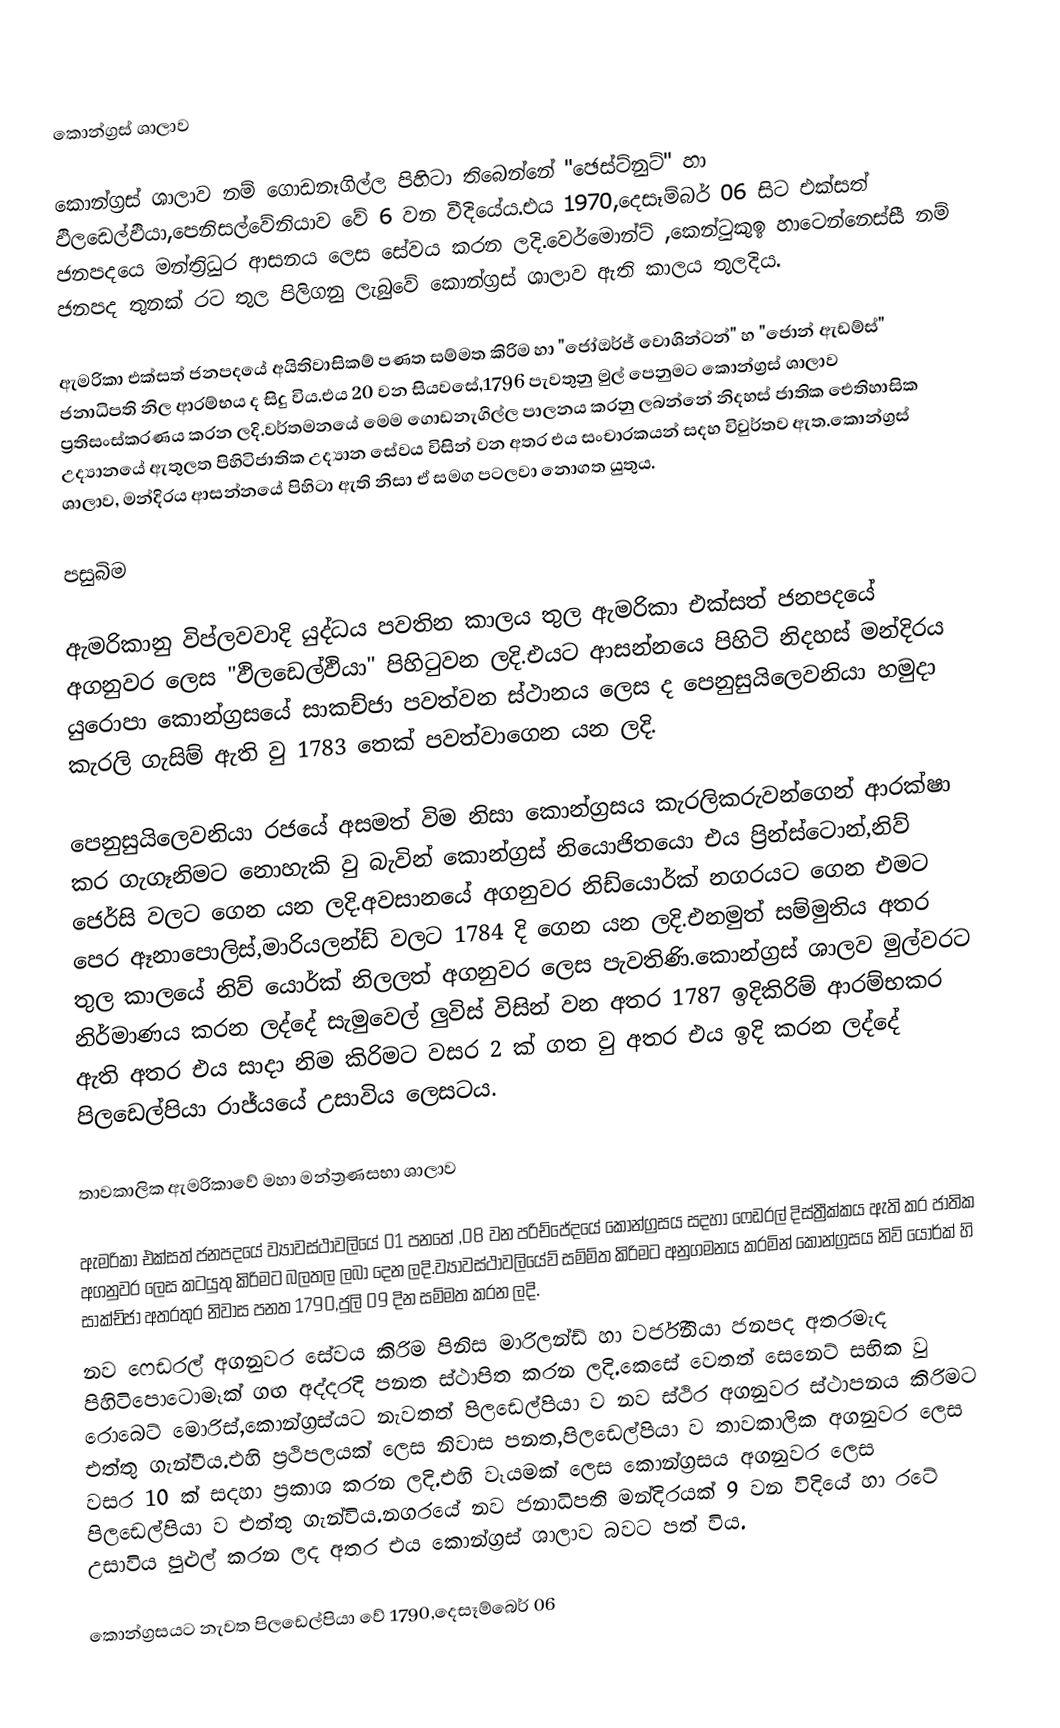

කොන්ග්‍රස් ශාලාව

කොන්ග්‍රස් ශාලාව නම් ගොඩනෑගිල්ල පිහිටා තිබෙන්නේ "ඡෙස්ට්නුට්" හා ඵිලඩෙල්ඵියා,පෙනිසල්වේනියාව වේ 6 වන වීදියේය.එය 1970,දෙසෑම්බර් 06 සිට එක්සත් ජනපදයෙ මන්ත්‍රිධුර ආසනය ලෙස සේවය කරන ලදි.වෙර්මොන්ට් ,කෙන්ටුකුඉ හාටෙන්නෙස්සී  නම් ජනපද තුනක් රට තුල පිලිගනු ලැබුවේ කොන්ග්‍රස් ශාලාව ඇති කාලය තුලදිය.

ඇමරිකා එක්සත් ජනපදයේ අයිතිවාසිකම් පණත සම්මත කිරිම හා "ජෝඔර්ජ් වොශින්ටන්" හ "ජොන් ඇඩම්ස්" ජනාධිපති  නිල ආරම්භය ද සිදු විය.එය 20 වන සියවසේ,1796 පැවතුනු මුල් පෙනුමට කොන්ග්‍රස් ශාලාව ප්‍රතිසංස්කරණය කරන ලදි.වර්තමනයේ මෙම ගොඩනැගිල්ල පාලනය කරනු ලබන්නේ නිදහස් ජාතික ඓතිහාසික උද්‍යානයේ  ඇතුලත පිහිටිජාතික උද්‍යාන සේවය  විසින් වන අතර එය සංචාරකයන් සදහ විවුර්තව ඇත.කොන්ග්‍රස් ශාලාව, මන්දිරය  ආසන්නයේ පිහිටා ඇති නිසා ඒ සමග පටලවා නොගත යුතුය.

පසුබිම

ඇමරිකානු විප්ලවවාදි  යුද්ධය පවතින කාලය තුල ඇමරිකා එක්සත් ජනපදයේ අගනුවර ලෙස "ඵිලඩෙල්ඵියා" පිහිටුවන ලදි.එයට ආසන්නයෙ පිහිටි නිදහස් මන්දිරය යුරොපා කොන්ග්‍රසයේ සාකච්ජා පවත්වන ස්ථානය ලෙස ද පෙනුසුයිලෙවනියා හමුදා කැරලි ගැසිම්  ඇති වු 1783 තෙක් පවත්වාගෙන යන ලදි.

පෙනුසුයිලෙවනියා රජයේ අසමත් විම නිසා කොන්ග්‍රසය කැරලිකරුවන්ගෙන් ආරක්ෂා කර ගැගෑනිමට නොහැකි වු බැවින් කොන්ග්‍රස් නියොජිතයො එය ප්‍රින්ස්ටොන්,නිව් ජෙර්සි වලට ගෙන යන ලදි.අවසානයේ අගනුවර  නිඩ්යොර්ක් නගරයට  ගෙන එමට පෙර ඈනාපොලිස්,මාරියලන්ඩ්  වලට 1784 දි ගෙන යන ලදි.එනමුත් සම්මුතිය අතර තුල කාලයේ නිව් යොර්ක් නිලලත් අගනුවර ලෙස පැවතිණි.කොන්ග්‍රස් ශාලව මුල්වරට නිර්මාණය කරන ලද්දේ සැමුවෙල් ලුවිස් විසින් වන අතර 1787 ඉදිකිරිම් ආරම්භකර ඇති අතර එය සාදා නිම කිරිමට වසර 2 ක් ගත වු අතර එය ඉදි කරන ලද්දේ  පිලඩෙල්පියා රාජ්යයේ උසාවිය  ලෙසටය.

තාවකාලික ඇමරිකාවේ මහා මන්ත්‍රණසභා ශාලාව

ඇමරිකා එක්සත් ජනපදයේ ව්‍යාවස්ථාවලියේ 01 පනතේ ,08 වන පරිච්ජේදයේ  කොන්ග්‍රසය සදහා ෆෙඩරල් දිස්ත්‍රීක්කය ඇති කර ජාතික අගනුවර ලෙස කටයුතු කිරිමට බලතල ලබා දෙන ලදි.ව්‍යාවස්ථාවලියේව්‍ සම්ම්ත කිරිමට අනුගමනය කරමින් කොන්ග්‍රසය නිව් යොර්ක් හි සාක්ච්ජා අතරතුර  නිවාස පනත  1790,ජුලි 09 දින සම්මත කරන ලදි.
නව ෆෙඩරල් අගනුවර සේවය කිරිම පිනිස මාරිලන්ඩ් හා වර්ජිනියා ජනපද අතරමැද  පිහිටිපොටොමෑක් ගඟ අද්දරදි පනත ස්ථාපිත කරන ලදි.කෙසේ වෙතත් සෙනෙට් සභික වු රොබෙට් මොරිස්,කොන්ග්‍රස්යට නැවතත් පිලඩෙල්පියා ව නව ස්ථිර අගනුවර ස්ථාපනය කිරිමට එත්තු ගැන්වීය.එහි ප්‍රථිපලයක් ලෙස නිවාස පනත,පිලඩෙල්පියා ව තාවකාලික අගනුවර ලෙස වසර 10 ක් සදහා ප්‍රකාශ කරන ලදි.එහි වෑයමක් ලෙස කොන්ග්‍රසය අගනුවර ලෙස පිලඩෙල්පියා ව එත්තු ගැන්විය.නගරයේ නව ජනාධිපති මන්දිරයක් 9 වන විදියේ හා රටේ උසාවිය පුළුල් කරන ලද අතර එය කොන්ග්‍රස් ශාලාව බවට පත් විය.

කොන්ග්‍රසයට නැවත පිලඩෙල්පියා වේ 1790,දෙසෑම්බෙර් 06